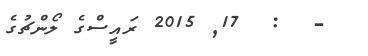
-  :  17